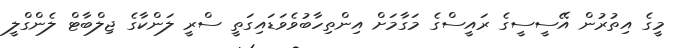
މީގެ އިތުރުން އޭސީސީގެ ރައީސްގެ މަގާމަށް އިންތިހާބުވެވަޑައިގަތީ ސްރީ ލަންކާގެ ޖިލްބާޓް ލެންގްލީ